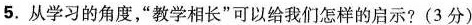
5.从学习的角度，”教学相长”可以给我们怎样的启示?(3分)